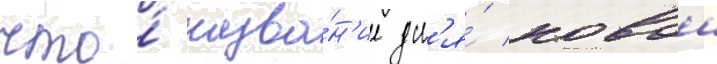
что́ назва́н'ие дл'я́ новои